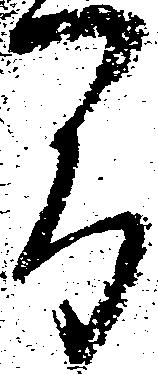
間